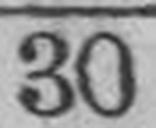
30